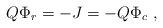
\begin{align*}Q\Phi _{r}=-J=-Q\Phi _{c}\ , \end{align*}